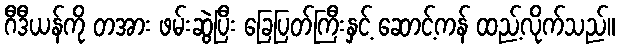
ဂီဒီယန်ကို တအား ဖမ်းဆွဲပြီး ခြေပြတ်ကြီးနှင့် ဆောင့်ကန် ထည့်လိုက်သည်။